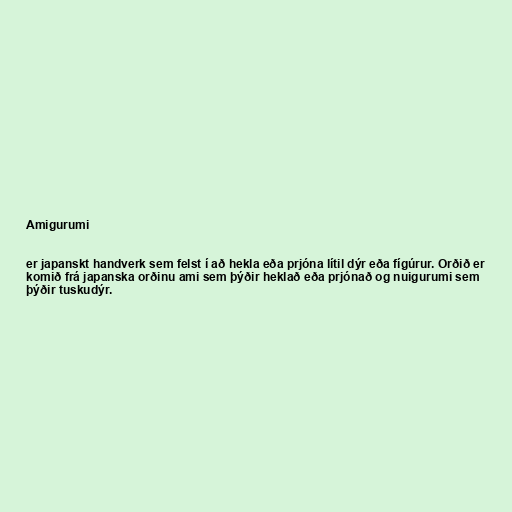
Amigurumi

er japanskt handverk sem felst í að hekla eða prjóna lítil dýr eða fígúrur. Orðið er
komið frá japanska orðinu ami sem þýðir heklað eða prjónað og nuigurumi sem
þýðir tuskudýr.